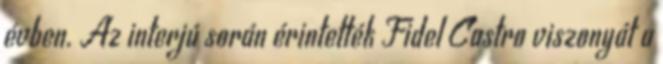
évben. Az interjú során érintették Fidel Castro viszonyát a